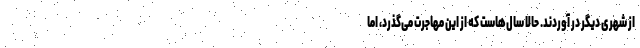
از شهری دیگر در آوردند. حالا سال‌هاست که از این مهاجرت می‌گذرد، اما